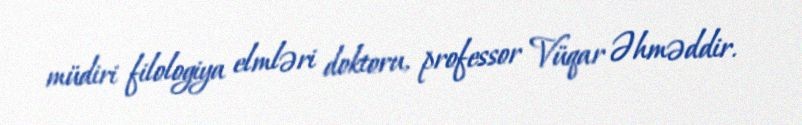
müdiri filologiya elmləri doktoru, professor Vüqar Əhməddir.